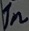
Text: 1n